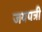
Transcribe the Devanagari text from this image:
जयपत्री